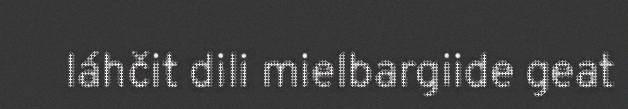
láhčit dili mielbargiide geat